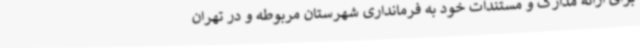
برای ارائه مدارک و مستندات خود به فرمانداری شهرستان مربوطه و در تهران